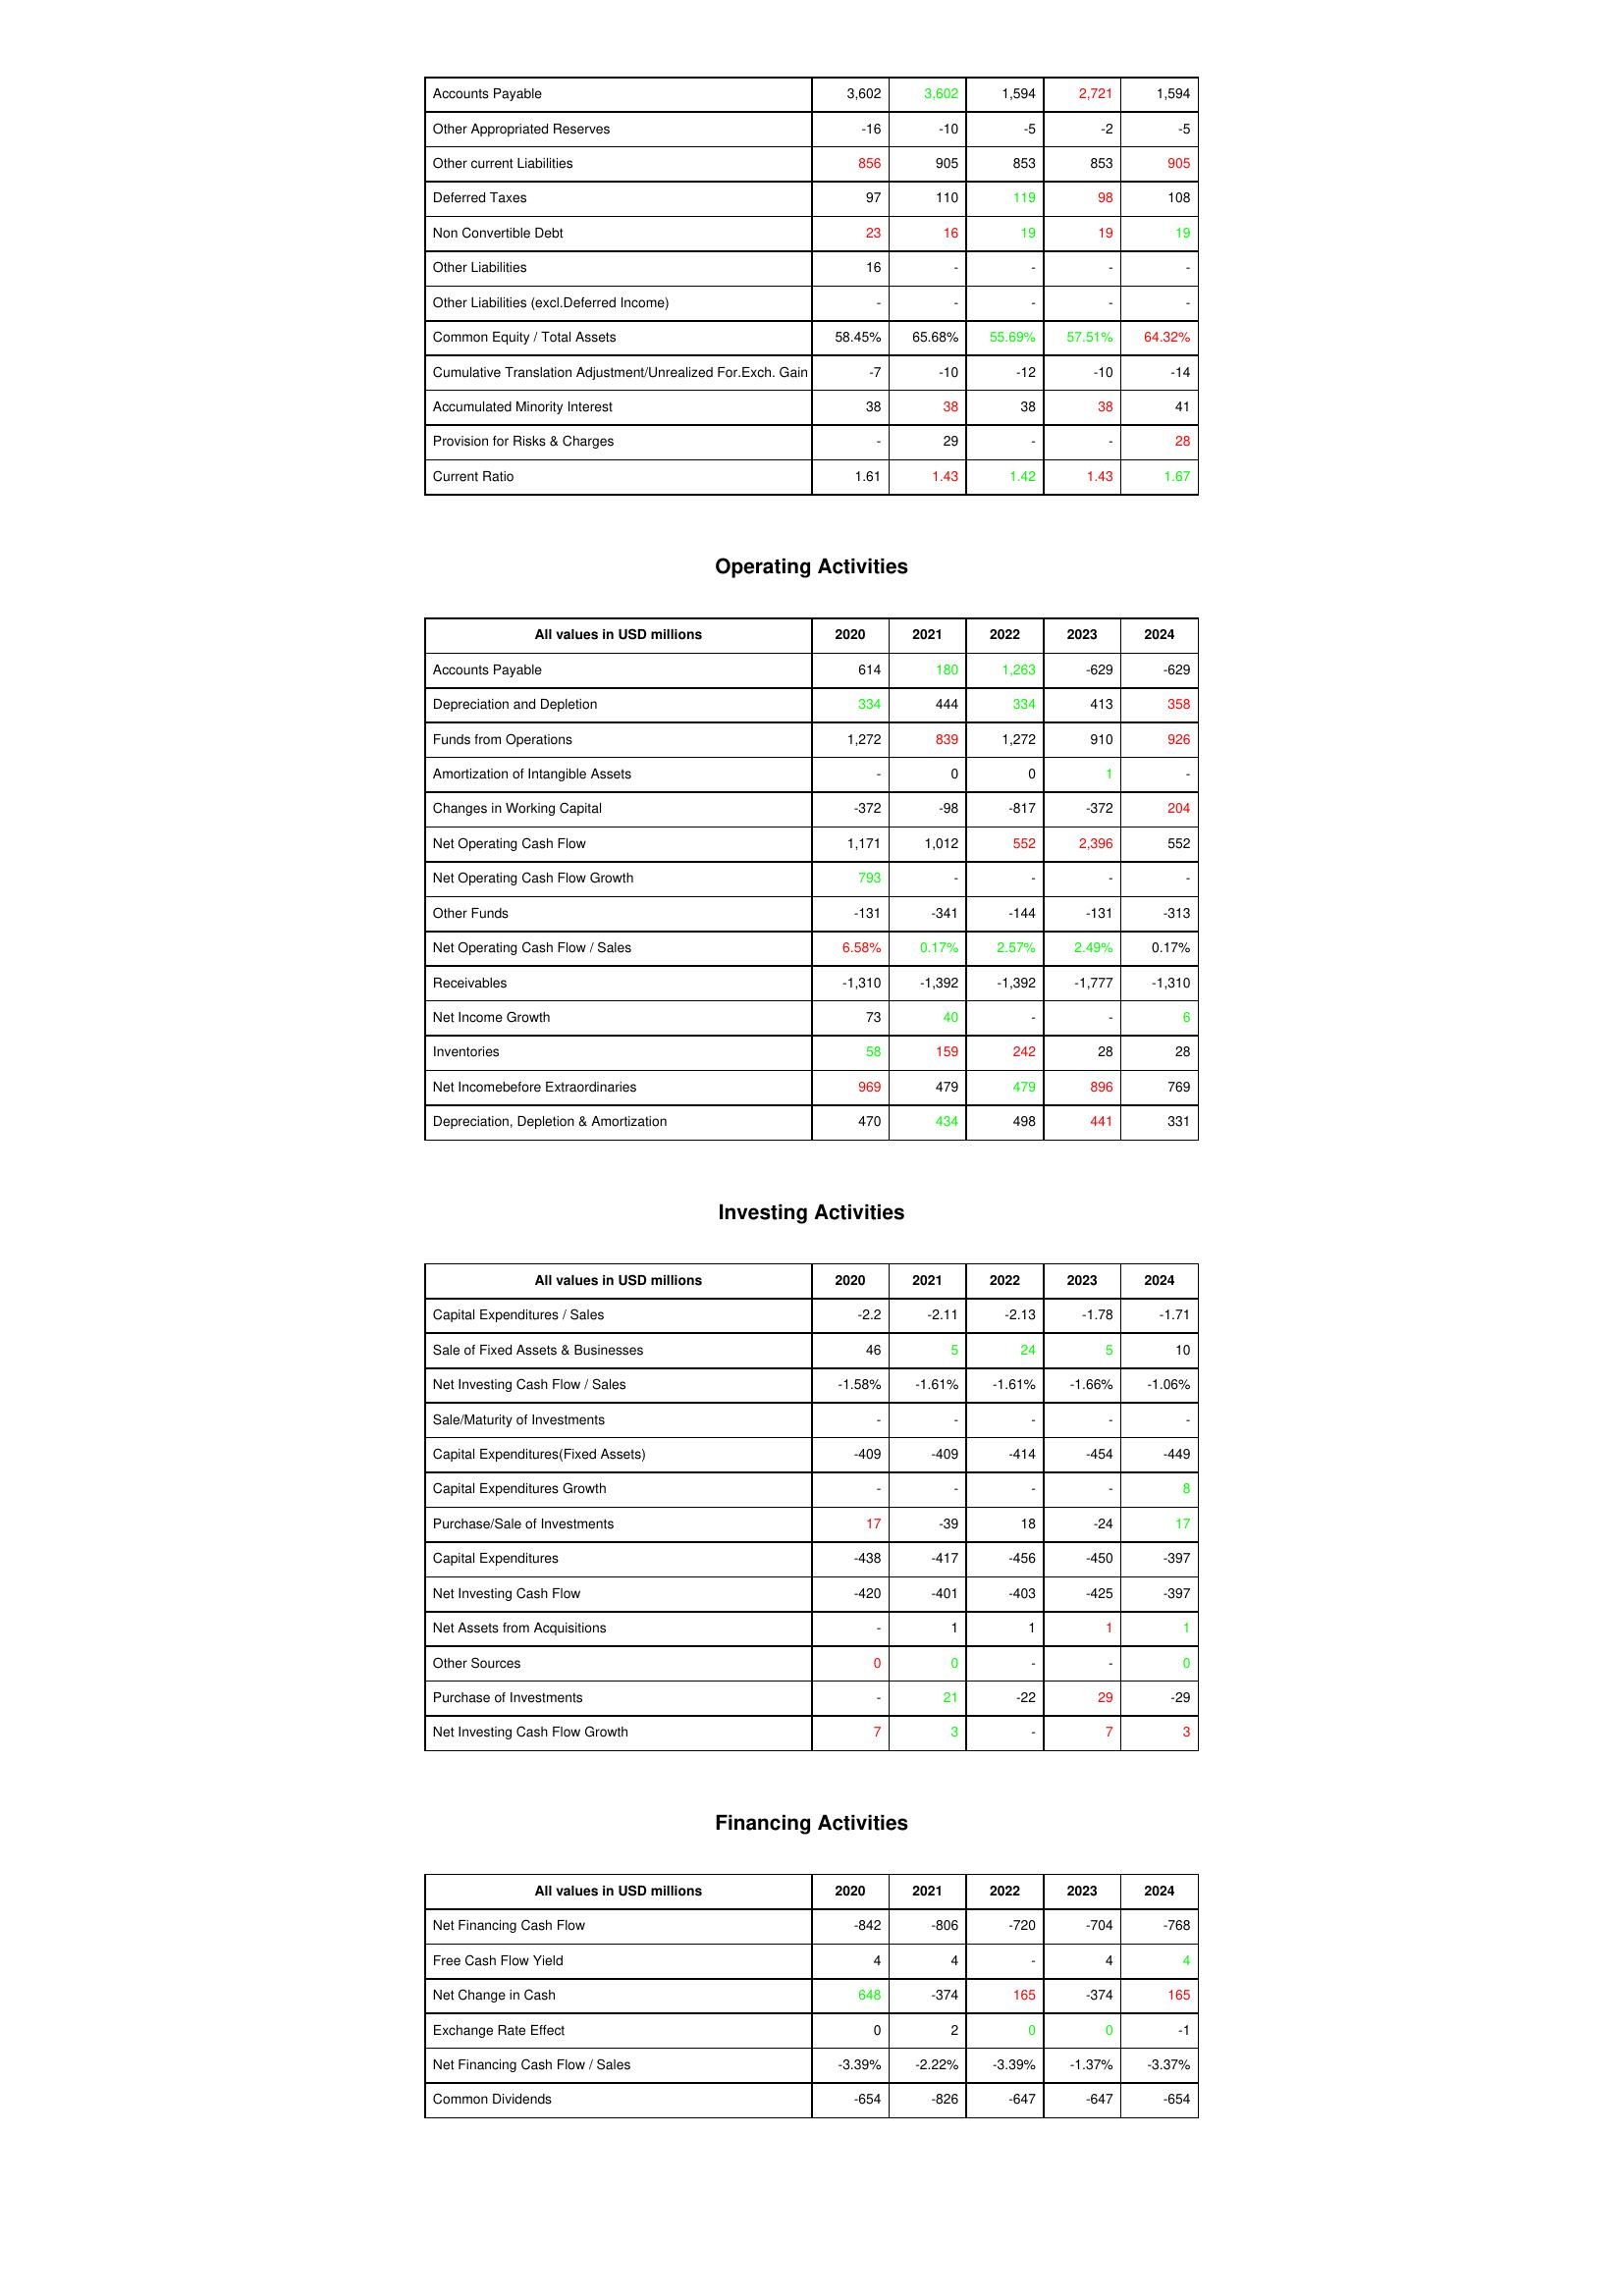
gt_parse: 2020: Liabilities & Shareholder's Equity: Accounts Payable: 3,602
Other Appropriated Reserves: -16
Other current Liabilities: 856
Deferred Taxes: 97
Non Convertible Debt: 23
Other Liabilities: 16
Other Liabilities (excl.Deferred Income): -
Common Equity / Total Assets: 58.45%
Cumulative Translation Adjustment/Unrealized For.Exch. Gain: -7
Accumulated Minority Interest: 38
Provision for Risks & Charges: -
Current Ratio: 1.61
Operating Activities: Accounts Payable: 614
Depreciation and Depletion: 334
Funds from Operations: 1,272
Amortization of Intangible Assets: -
Changes in Working Capital: -372
Net Operating Cash Flow: 1,171
Net Operating Cash Flow Growth: 793
Other Funds: -131
Net Operating Cash Flow / Sales: 6.58%
Receivables: -1,310
Net Income Growth: 73
Inventories: 58
Net Incomebefore Extraordinaries: 969
Depreciation, Depletion & Amortization: 470
Investing Activities: Capital Expenditures / Sales: -2.2
Sale of Fixed Assets & Businesses: 46
Net Investing Cash Flow / Sales: -1.58%
Sale/Maturity of Investments: -
Capital Expenditures(Fixed Assets): -409
Capital Expenditures Growth: -
Purchase/Sale of Investments: 17
Capital Expenditures: -438
Net Investing Cash Flow: -420
Net Assets from Acquisitions: -
Other Sources: 0
Purchase of Investments: -
Net Investing Cash Flow Growth: 7
Financing Activities: Net Financing Cash Flow: -842
Free Cash Flow Yield: 4
Net Change in Cash: 648
Exchange Rate Effect: 0
Net Financing Cash Flow / Sales: -3.39%
Common Dividends: -654
2021: Liabilities & Shareholder's Equity: Accounts Payable: 3,602
Other Appropriated Reserves: -10
Other current Liabilities: 905
Deferred Taxes: 110
Non Convertible Debt: 16
Other Liabilities: -
Other Liabilities (excl.Deferred Income): -
Common Equity / Total Assets: 65.68%
Cumulative Translation Adjustment/Unrealized For.Exch. Gain: -10
Accumulated Minority Interest: 38
Provision for Risks & Charges: 29
Current Ratio: 1.43
Operating Activities: Accounts Payable: 180
Depreciation and Depletion: 444
Funds from Operations: 839
Amortization of Intangible Assets: 0
Changes in Working Capital: -98
Net Operating Cash Flow: 1,012
Net Operating Cash Flow Growth: -
Other Funds: -341
Net Operating Cash Flow / Sales: 0.17%
Receivables: -1,392
Net Income Growth: 40
Inventories: 159
Net Incomebefore Extraordinaries: 479
Depreciation, Depletion & Amortization: 434
Investing Activities: Capital Expenditures / Sales: -2.11
Sale of Fixed Assets & Businesses: 5
Net Investing Cash Flow / Sales: -1.61%
Sale/Maturity of Investments: -
Capital Expenditures(Fixed Assets): -409
Capital Expenditures Growth: -
Purchase/Sale of Investments: -39
Capital Expenditures: -417
Net Investing Cash Flow: -401
Net Assets from Acquisitions: 1
Other Sources: 0
Purchase of Investments: 21
Net Investing Cash Flow Growth: 3
Financing Activities: Net Financing Cash Flow: -806
Free Cash Flow Yield: 4
Net Change in Cash: -374
Exchange Rate Effect: 2
Net Financing Cash Flow / Sales: -2.22%
Common Dividends: -826
2022: Liabilities & Shareholder's Equity: Accounts Payable: 1,594
Other Appropriated Reserves: -5
Other current Liabilities: 853
Deferred Taxes: 119
Non Convertible Debt: 19
Other Liabilities: -
Other Liabilities (excl.Deferred Income): -
Common Equity / Total Assets: 55.69%
Cumulative Translation Adjustment/Unrealized For.Exch. Gain: -12
Accumulated Minority Interest: 38
Provision for Risks & Charges: -
Current Ratio: 1.42
Operating Activities: Accounts Payable: 1,263
Depreciation and Depletion: 334
Funds from Operations: 1,272
Amortization of Intangible Assets: 0
Changes in Working Capital: -817
Net Operating Cash Flow: 552
Net Operating Cash Flow Growth: -
Other Funds: -144
Net Operating Cash Flow / Sales: 2.57%
Receivables: -1,392
Net Income Growth: -
Inventories: 242
Net Incomebefore Extraordinaries: 479
Depreciation, Depletion & Amortization: 498
Investing Activities: Capital Expenditures / Sales: -2.13
Sale of Fixed Assets & Businesses: 24
Net Investing Cash Flow / Sales: -1.61%
Sale/Maturity of Investments: -
Capital Expenditures(Fixed Assets): -414
Capital Expenditures Growth: -
Purchase/Sale of Investments: 18
Capital Expenditures: -456
Net Investing Cash Flow: -403
Net Assets from Acquisitions: 1
Other Sources: -
Purchase of Investments: -22
Net Investing Cash Flow Growth: -
Financing Activities: Net Financing Cash Flow: -720
Free Cash Flow Yield: -
Net Change in Cash: 165
Exchange Rate Effect: 0
Net Financing Cash Flow / Sales: -3.39%
Common Dividends: -647
2023: Liabilities & Shareholder's Equity: Accounts Payable: 2,721
Other Appropriated Reserves: -2
Other current Liabilities: 853
Deferred Taxes: 98
Non Convertible Debt: 19
Other Liabilities: -
Other Liabilities (excl.Deferred Income): -
Common Equity / Total Assets: 57.51%
Cumulative Translation Adjustment/Unrealized For.Exch. Gain: -10
Accumulated Minority Interest: 38
Provision for Risks & Charges: -
Current Ratio: 1.43
Operating Activities: Accounts Payable: -629
Depreciation and Depletion: 413
Funds from Operations: 910
Amortization of Intangible Assets: 1
Changes in Working Capital: -372
Net Operating Cash Flow: 2,396
Net Operating Cash Flow Growth: -
Other Funds: -131
Net Operating Cash Flow / Sales: 2.49%
Receivables: -1,777
Net Income Growth: -
Inventories: 28
Net Incomebefore Extraordinaries: 896
Depreciation, Depletion & Amortization: 441
Investing Activities: Capital Expenditures / Sales: -1.78
Sale of Fixed Assets & Businesses: 5
Net Investing Cash Flow / Sales: -1.66%
Sale/Maturity of Investments: -
Capital Expenditures(Fixed Assets): -454
Capital Expenditures Growth: -
Purchase/Sale of Investments: -24
Capital Expenditures: -450
Net Investing Cash Flow: -425
Net Assets from Acquisitions: 1
Other Sources: -
Purchase of Investments: 29
Net Investing Cash Flow Growth: 7
Financing Activities: Net Financing Cash Flow: -704
Free Cash Flow Yield: 4
Net Change in Cash: -374
Exchange Rate Effect: 0
Net Financing Cash Flow / Sales: -1.37%
Common Dividends: -647
2024: Liabilities & Shareholder's Equity: Accounts Payable: 1,594
Other Appropriated Reserves: -5
Other current Liabilities: 905
Deferred Taxes: 108
Non Convertible Debt: 19
Other Liabilities: -
Other Liabilities (excl.Deferred Income): -
Common Equity / Total Assets: 64.32%
Cumulative Translation Adjustment/Unrealized For.Exch. Gain: -14
Accumulated Minority Interest: 41
Provision for Risks & Charges: 28
Current Ratio: 1.67
Operating Activities: Accounts Payable: -629
Depreciation and Depletion: 358
Funds from Operations: 926
Amortization of Intangible Assets: -
Changes in Working Capital: 204
Net Operating Cash Flow: 552
Net Operating Cash Flow Growth: -
Other Funds: -313
Net Operating Cash Flow / Sales: 0.17%
Receivables: -1,310
Net Income Growth: 6
Inventories: 28
Net Incomebefore Extraordinaries: 769
Depreciation, Depletion & Amortization: 331
Investing Activities: Capital Expenditures / Sales: -1.71
Sale of Fixed Assets & Businesses: 10
Net Investing Cash Flow / Sales: -1.06%
Sale/Maturity of Investments: -
Capital Expenditures(Fixed Assets): -449
Capital Expenditures Growth: 8
Purchase/Sale of Investments: 17
Capital Expenditures: -397
Net Investing Cash Flow: -397
Net Assets from Acquisitions: 1
Other Sources: 0
Purchase of Investments: -29
Net Investing Cash Flow Growth: 3
Financing Activities: Net Financing Cash Flow: -768
Free Cash Flow Yield: 4
Net Change in Cash: 165
Exchange Rate Effect: -1
Net Financing Cash Flow / Sales: -3.37%
Common Dividends: -654